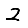
Digit: 2